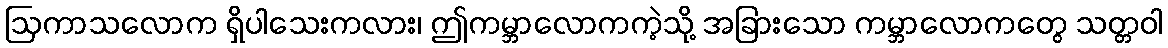
ဩကာသလောက ရှိပါသေးကလား၊ ဤကမ္ဘာလောကကဲ့သို့ အခြားသော ကမ္ဘာလောကတွေ သတ္တဝါ